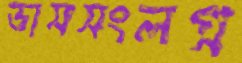
ডাসসংলগ্ন